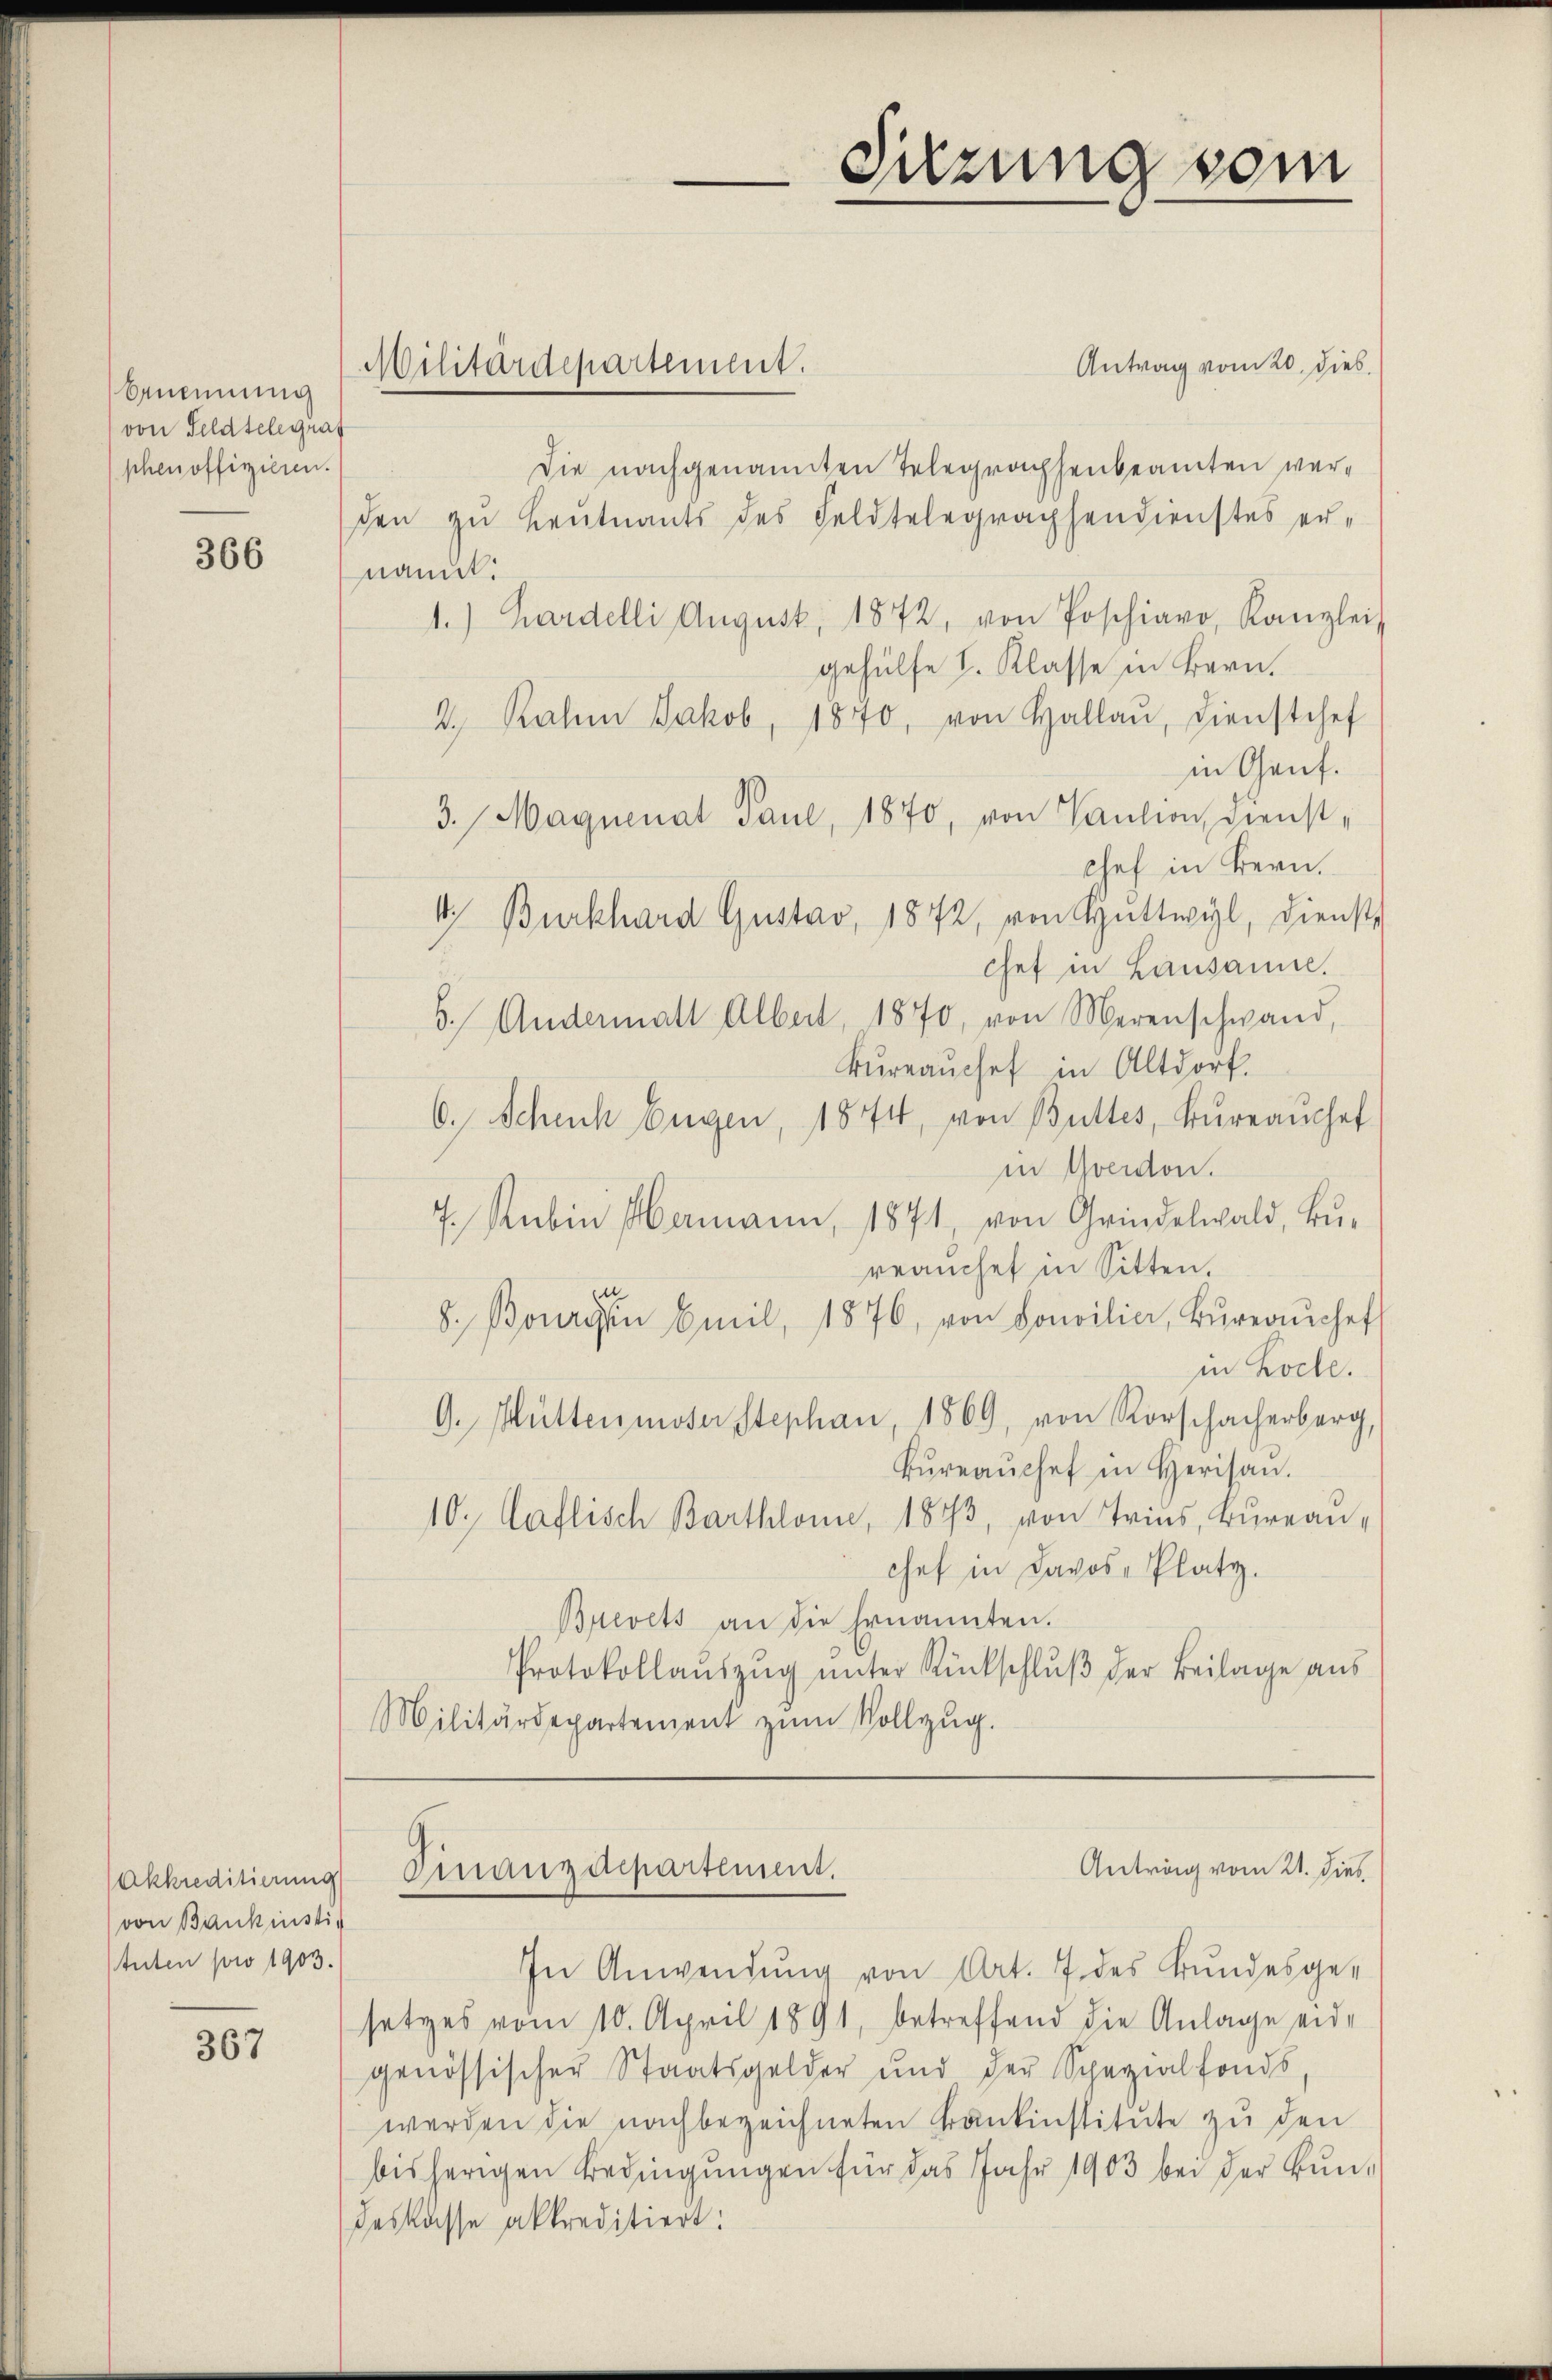
benennung
von Feldtelegraf
phen offigieren.

366

Akkreditierung
von Bankinstig
tuten pro 1903.

367

Antrag vom 20. Dieb.
Die nachgenannten Telegrachsenbeamten verden zu Leutnants des Feldtelegraphendienstes er-
nannt.
1.) Hardelli August, 1872, von Poschiavo, Kanzlei-
gehülfe I. Klasse in Bern.
2. Rahm Jakob, 1870, von Hallaŭ, Dienstchef
in Genf.
3. Maynenat Paul, 1870, von Caution, Dienst-
chef in Bern.
1, Burkhard Gustav, 1872, von Hattwyl, Dienst
chef in Lausanne.
5. Andermall Albert, 1870, von Merenschwand,
kŭrraŭchef in Altdorf.
6. Schach Eugen, 1874, von Butter, Büreaŭchef
in Yverdon.
7. Rubin Hermann, 1871, von Grindelwald, Bu-
rrauchet in Sitten.
8. Bourgen Emil, 1876, von Concilier, Büreaŭchef
in Koche.
G. Müttenmoser Stephan 1869, von Rorschacherberg,
Bŭreaŭchef in Herisan.
10. Caflisch Barthlone, 1873, von Tries, Bureauchef in Davos- Platz.
Brevets an die Ernannten.
Protokollaŭszŭg ŭnter Rückschlŭβ der Beilage aus
Militärdepartement zŭm Vollzŭg.

Militärdepartement.

Finanzdepartement.

Sitzung vom

Antrag vom 21. dies

In Anwendung von Art. 7 des Bundesge-
setzes vom 10. April 1891, betreffend die Anlage eid-
genössischer Staatsgelder und der Spezialfonds
werden die nachbezeichneten Krankinstitute zu den
bisherigen Bedingungen für das Jahr 1903 bei der Bundeskasse akkreditiert: